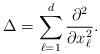
LaTeX: \begin{align*} \Delta = \sum\limits_{\ell=1}^d \frac{\partial^2}{\partial x^2_\ell}.\end{align*}